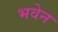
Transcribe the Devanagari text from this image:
भवेन